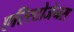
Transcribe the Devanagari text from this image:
एरिस्टोजेनस